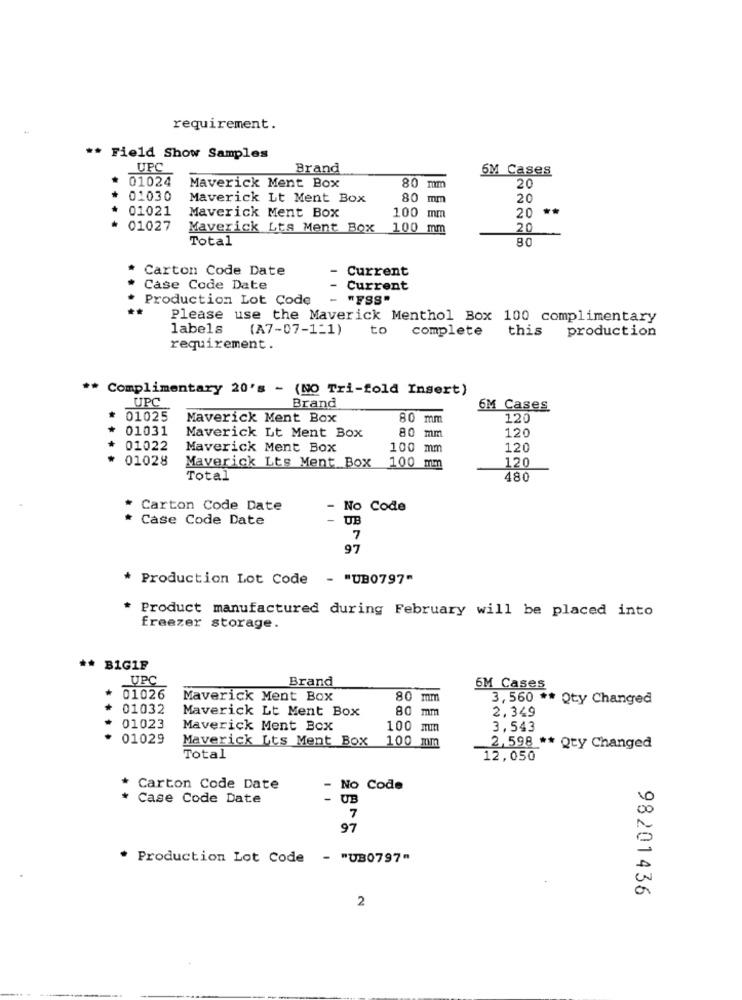
requirement.
** Field Show Samples
UPC
Brand
6M Cases
01024
Maverick Ment Box
80 mm
20
01030
Maverick Lt Ment Box
80
mm
20
Maverick Ment Box
20 **
01021
100 mm
01027
Maverick Lts Ment Box
100 mm
20
Total
80
Carton Code Date
Current
Case Code Date
Current
Production Lot Code
"FSS"
Please use the Maverick Menthol Box 100 complimentary
labels
(A7-07-1-1)
to
complete
this production
requirement.
** Complimentary 20's - (NO Tri-fold Insert)
UPC
Brand
6M Cases
* 01025
Maverick Ment Box
80 mm
120
01031
120
Maverick Lt Ment Box
80 mm
01022
Maverick Ment Box
100 mm
120
01028
120
Maverick Lts Ment Box
100 mm
Total
480
Carton Code Date
-
No Code
Case Code Date
UB
7
97
* Production Lot Code - "UB0797"
Product manufactured during February will be placed into
freezer storage.
** B1GIF
UPC
Brand
6M Cases
01026
Maverick Ment Box
80 mm
3, 560 ** Qty Changed
**
01032
Maverick Lt Ment Box
80
mm
2,349
01023
Maverick Ment Box
100 mm
3,543
01029
Maverick Lts Ment Box
100 mm
2, 598 ** Qty Changed
Total
12,050
* Carton Code Date
-
No Code
Case Code Date
UB
7
97
* Production Lot Code - "UB0797"
98201436
2